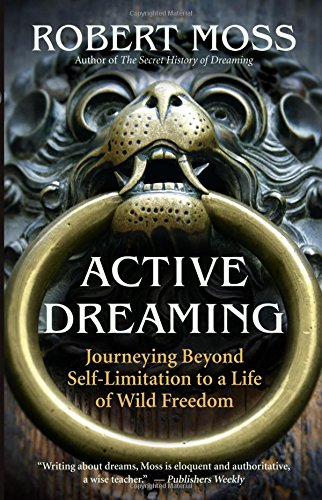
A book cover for Active Dreaming: Journeying Beyond Self-Limitation to a Life of Wild Freedom; Robert Moss; Self-Help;